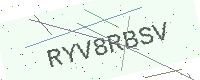
Text: RYV8RBSV